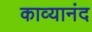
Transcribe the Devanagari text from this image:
काव्यानंद